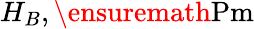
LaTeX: H_{B},\ensuremath{\mathrm{Pm}}